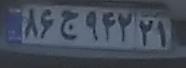
۸۶ج۹۴۲۲۱